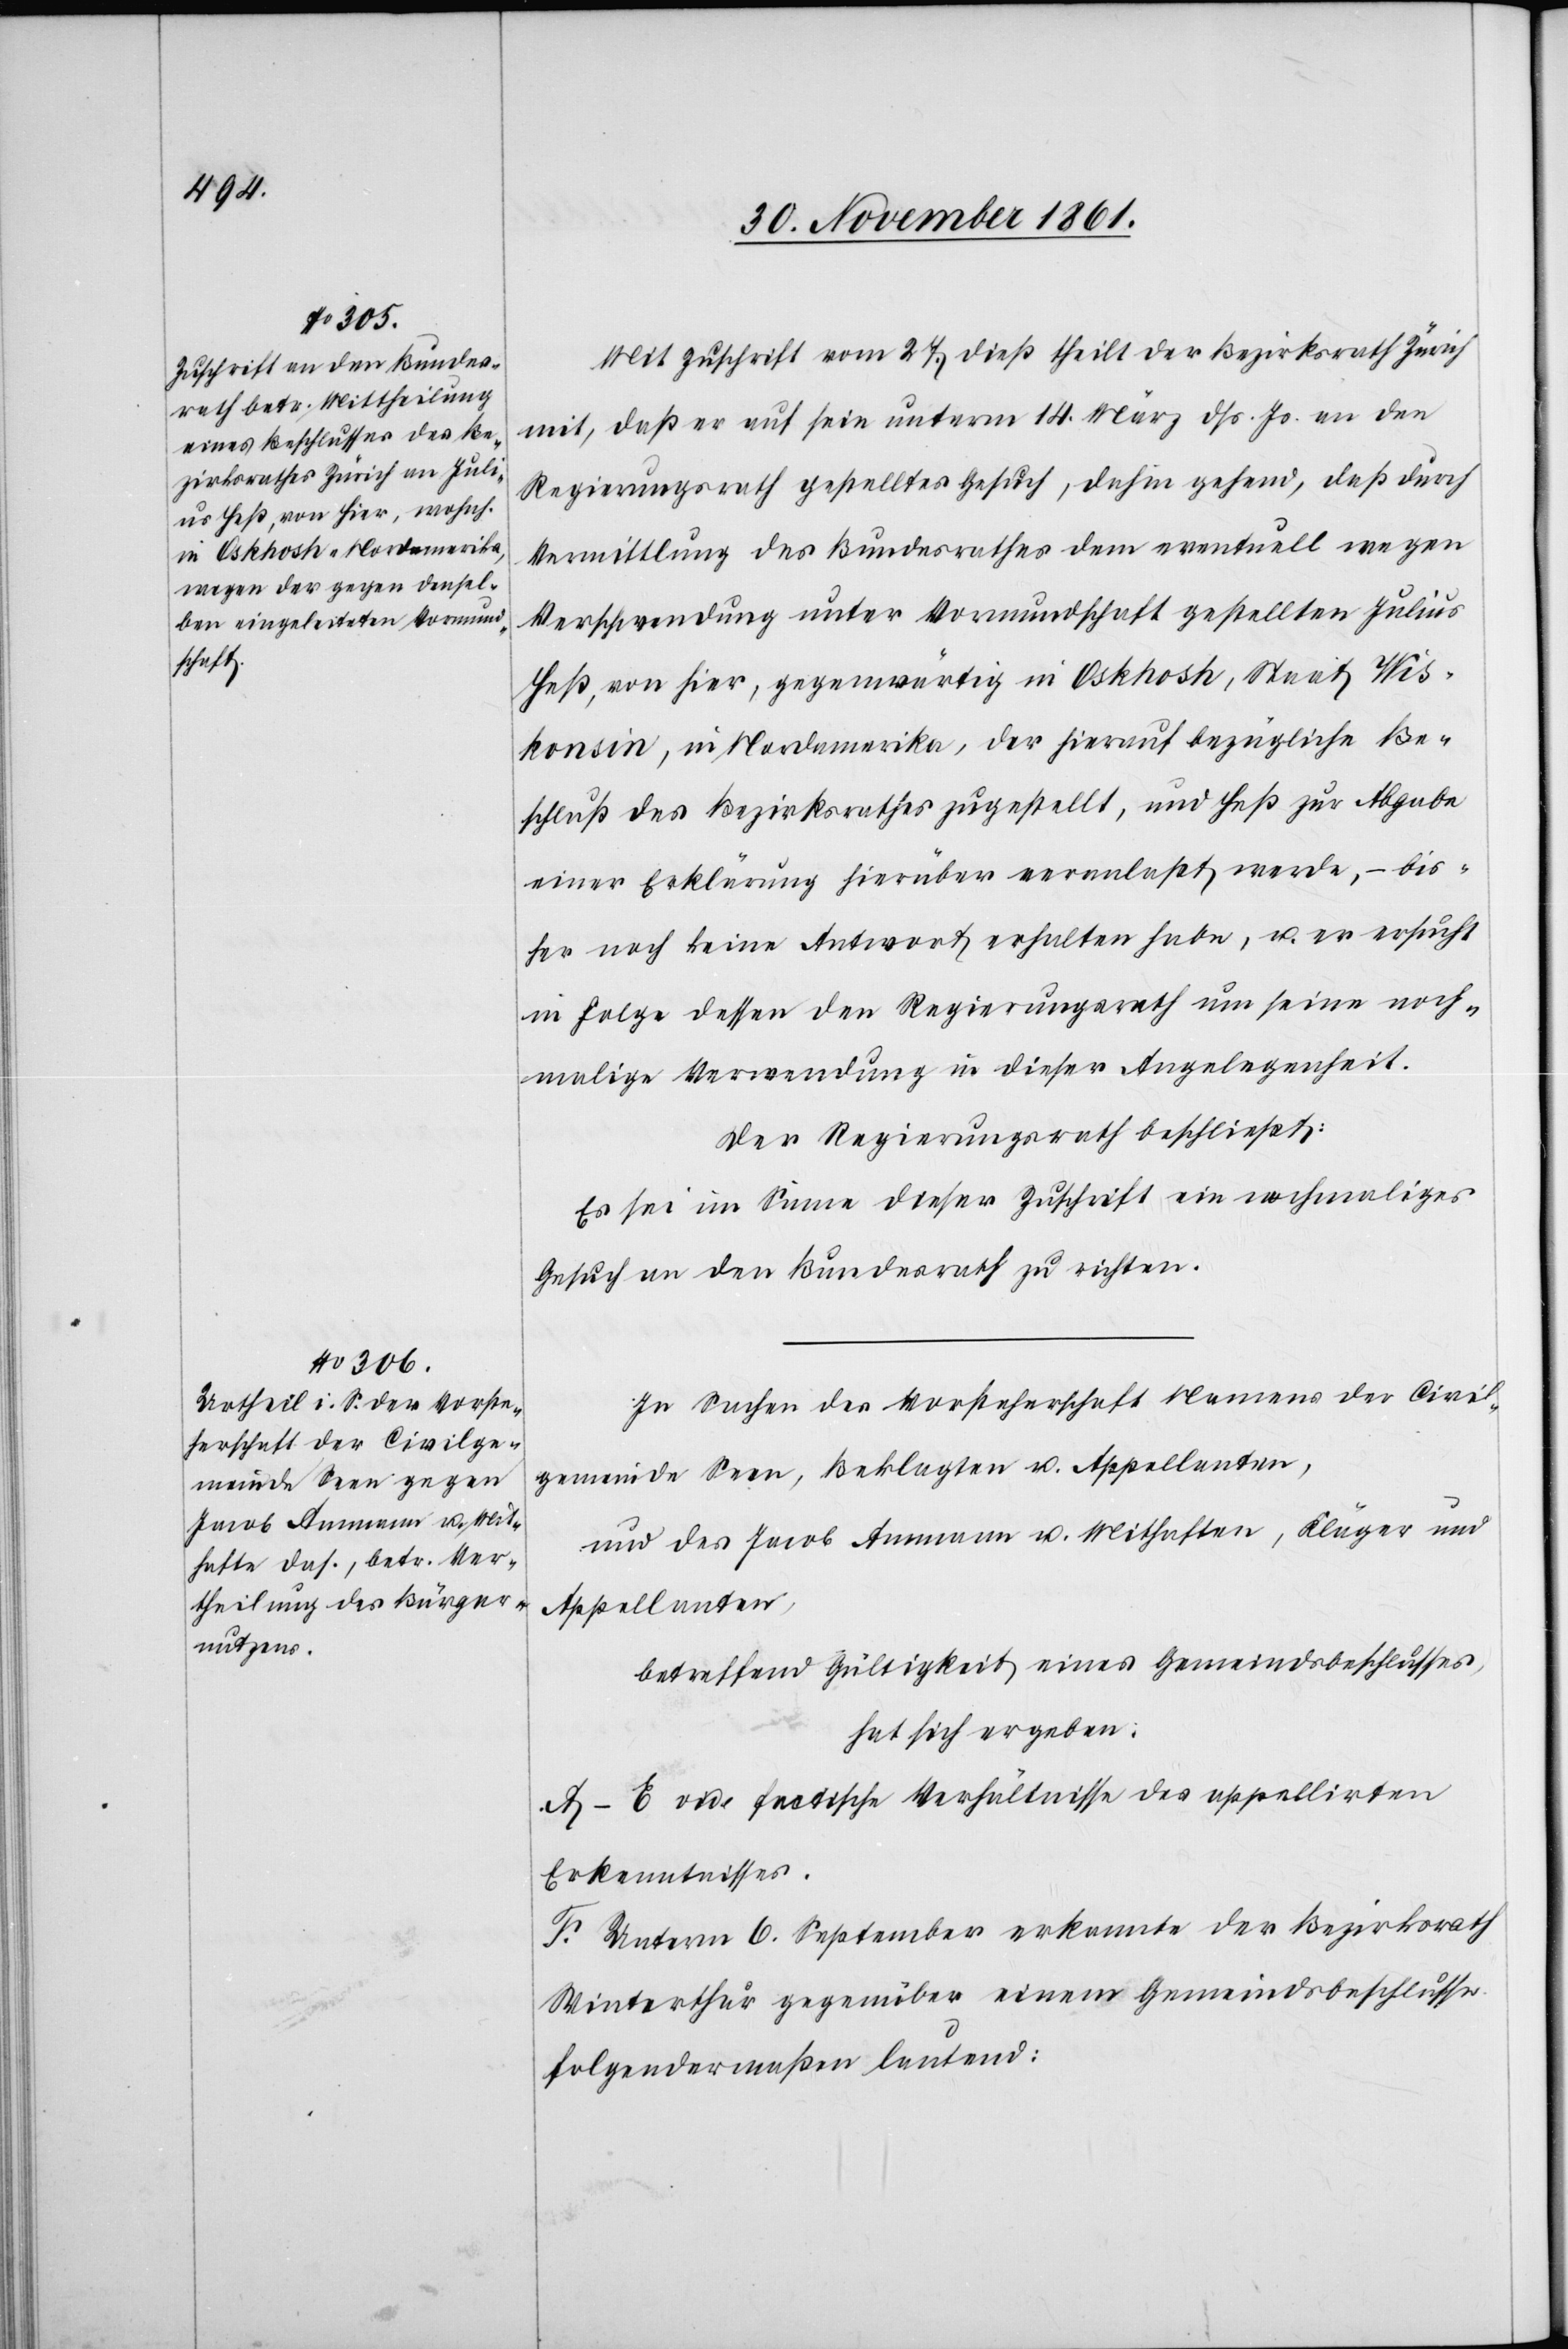
Mit Zuschrift vom 27 dieß theilt der Bezirksrath Zürich
mit, daß er auf sein unterm 14 März dß. Js. an den
Regierungsrath gestelltes Gesuch, dahin gehend, daß durch
Vermittlung des Bundesrathes dem eventuell wegen
Verschwendung unter Vormundschaft gestellten Julius
Heß, von hier, gegenwärtig in Oshkosh, Staat Wis¬
konsin, in Nordamerika, der hierauf bezügliche Be¬
schluß des Bezirksrathes zugestellt, und Heß zur Abgabe
einer Erklärung hierüber veranlaßt werde, – bis¬
her noch keine Antwort erhalten habe, u. er ersucht
in Folge dessen den Regierungsrath um seine noch¬
malige Verwendung in dieser Angelegenheit.
Der Regierungsrath beschließt:
Es sei im Sinne dieser Zuschrift ein nochmaliges
Gesuch an den Bundesrath zu richten.
In Sachen der Vorsteherschaft Namens der Civil¬
gemeinde Seen, Beklagten u. Appellanten
und des Jacob Ammann u. Mithaften, Kläger und
Appellanten,
betreffend Gültigkeit eines Gemeindsbeschlusses,
hat sich ergeben:
A–E. vide faktische Verhältnisse des appellirten
Erkenntnisses.
F. Unterm 6 September erkannte der Bezirksrath
Winterthur gegenüber einem Gemeindsbeschlusse
folgendermaßen lautend: